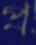
প্র